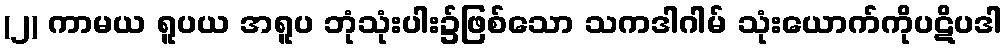
(၂) ကာမယ ရူပယ အရူပ ဘုံသုံးပါး၌ဖြစ်သော သကဒါဂါမ် သုံးယောက်ကိုပဋိပဒါ